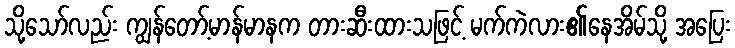
သို့သော်လည်း ကျွန်တော့်မာန်မာနက တားဆီးထားသဖြင့် မက်ကဲလား၏နေအိမ်သို့ အပြေး